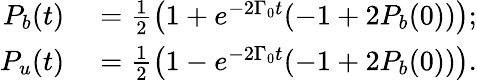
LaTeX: \begin{array}{rl}{P_{b}(t)}&{{}=\frac{1}{2}\big(1+e^{-2\Gamma_{0}t}(-1+2P_{b}(0))\big);}\\ {P_{u}(t)}&{{}=\frac{1}{2}\big(1-e^{-2\Gamma_{0}t}(-1+2P_{b}(0))\big).}\end{array}